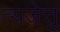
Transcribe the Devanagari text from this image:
त्यजेत्तु